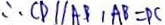
\therefore C D / / A B , A B = P C